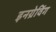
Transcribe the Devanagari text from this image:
इनग्रेविंग